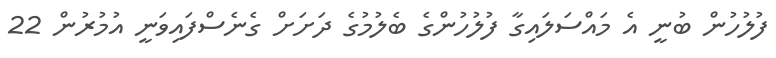
ފުލުހުން ބުނީ އެ މައްސަލައިގާ ފުލުހުންގެ ބެލުމުގެ ދަށަށް ގެނެސްފައިވަނީ އުމުރުން 22